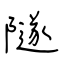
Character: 隧